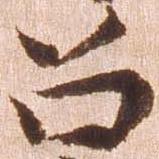
召